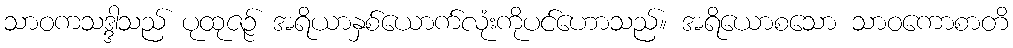
သာဝကသဒ္ဒါသည် ပုထုဇဉ် အရိယာနှစ်ယောက်လုံးကိုပင်ဟောသည်။ အရိယောစသော သာဝကောစာတိ